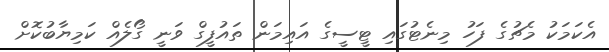
އެކަމަކު މެޗުގެ ފަހު މިނެޓުގައި ޓީސީގެ އައިމަން ތައުފީގް ވަނީ ގޯލެއް ކަމިޔާބުކޮށް